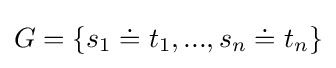
G=\{s_{1}\doteq t_{1},...,s_{n}\doteq t_{n}\}